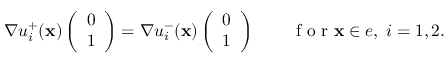
\begin{array} { r } { \nabla u _ { i } ^ { + } ( { \mathbf x } ) \left( \begin{array} { l } { 0 } \\ { 1 } \end{array} \right) = \nabla u _ { i } ^ { - } ( { \mathbf x } ) \left( \begin{array} { l } { 0 } \\ { 1 } \end{array} \right) \qquad \mathrm { ~ f ~ o ~ r ~ } { \mathbf x } \in e , \; i = 1 , 2 . } \end{array}